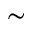
\sim